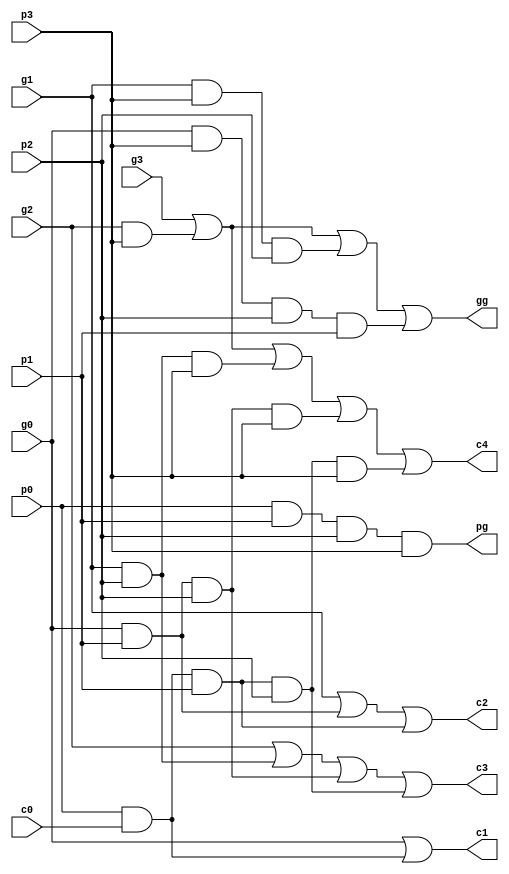
module carry_look_ahead (c0, p0, g0, p1, g1, p2, g2, p3, g3, c1, c2, c3, c4, pg, gg);
    input c0, p0, g0, p1, g1, p2, g2, p3, g3;
    output c1, c2, c3, c4, pg, gg;
    assign c1 = g0 | (p0 & c0);
    assign c2 = g1 | (g0 & p1) | (c0 & p0 & p1);
    assign c3 = g2 | (g1 & p2) | (g0 & p1 & p2) | (c0 & p0 & p1 & p2);
    assign c4 = g3 | (g2 & p3) | (g1 & p2 & p3) | (g0 & p1 & p2 & p3) | (c0 & p0 & p1 & p2 & p3);
    assign pg = p0 & p1 & p2 & p3;
    assign gg = g3 | (g2 & p3) | (g1 & p3 & p2) | (g0 & p3 & p2 & p1);
endmodule